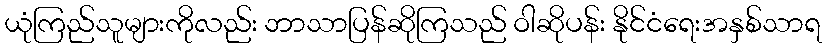
ယုံကြည်သူများကိုလည်း ဘာသာပြန်ဆိုကြသည် ဝါဆိုပန်း နိုင်ငံရေးအနှစ်သာရ